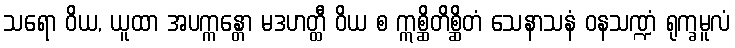
သရော ဝိယ, ယူထာ အပက္ကန္တော မဒဟတ္ထီ ဝိယ စ ဣစ္ဆိတိစ္ဆိတံ သေနာသနံ ဝနသဏ္ဍံ ရုက္ခမူလံ